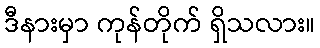
ဒီနားမှာ ကုန်တိုက် ရှိသလား။